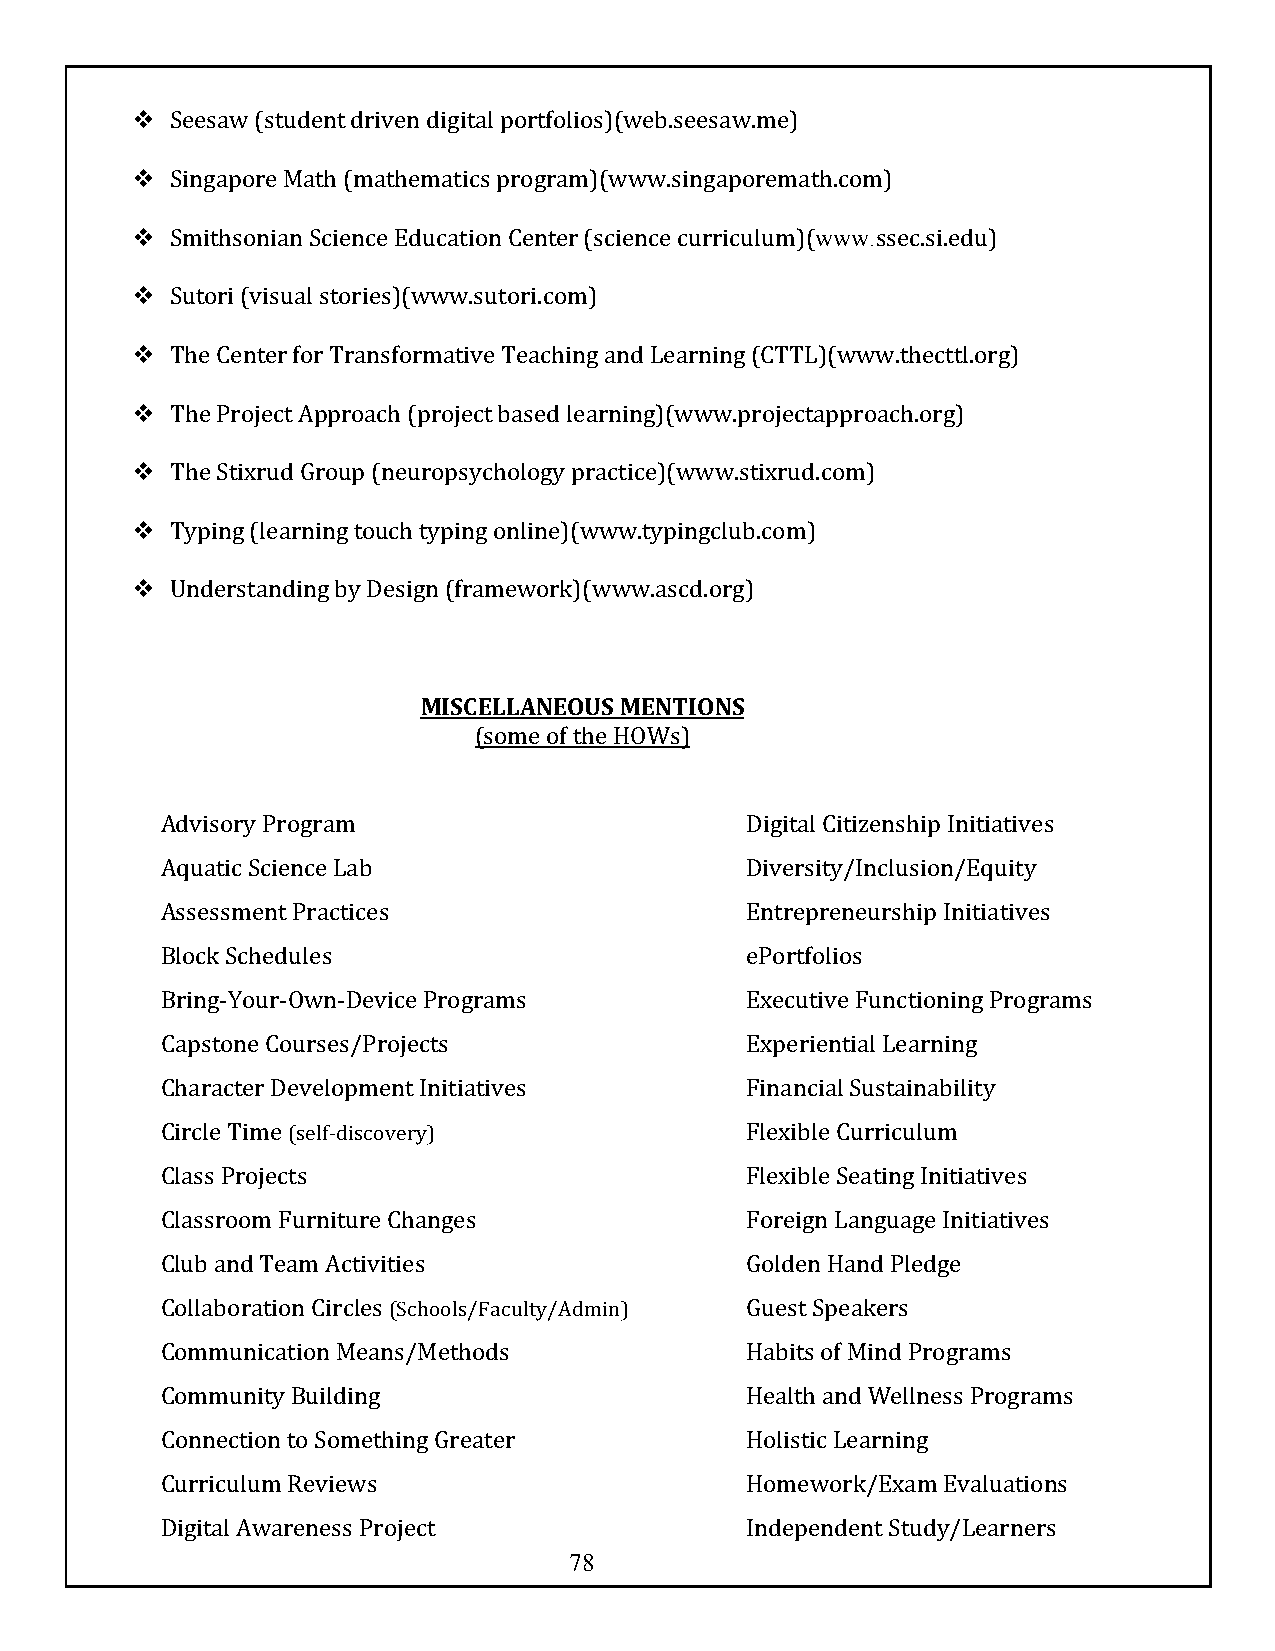
v Seesaw (student driven digital portfolios)(web.seesaw.me)
 v Singapore Math (mathematics program)(www.singaporemath.com)
 v Smithsonian Science Education Center (science curriculum)(www.ssec.si.edu)
 v Sutori (visual stories)(www.sutori.com)
 v The Center for Transformative Teaching and Learning (CTTL)(www.thecttl.org)
 v The Project Approach (project based learning)(www.projectapproach.org)
 v The Stixrud Group (neuropsychology practice)(www.stixrud.com)
 v Typing (learning touch typing online)(www.typingclub.com)
 v Understanding by Design (framework)(www.ascd.org)
 MISCELLANEOUS MENTIONS
 (some of the HOWs)
 Advisory Program                      Digital Citizenship Initiatives
 Aquatic Science Lab                   Diversity/Inclusion/Equity
 Assessment Practices                  Entrepreneurship Initiatives
 Block Schedules                       ePortfolios
 Bring-Your-Own-Device Programs        Executive Functioning Programs
 Capstone Courses/Projects             Experiential Learning
 Character Development Initiatives     Financial Sustainability
 Circle Time (self-discovery)          Flexible Curriculum
 Class Projects                        Flexible Seating Initiatives
 Classroom Furniture Changes           Foreign Language Initiatives
 Club and Team Activities              Golden Hand Pledge
 Collaboration Circles (Schools/Faculty/Admin) Guest Speakers
 Communication Means/Methods           Habits of Mind Programs
 Community Building                    Health and Wellness Programs
 Connection to Something Greater       Holistic Learning
 Curriculum Reviews                    Homework/Exam Evaluations
 Digital Awareness Project             Independent Study/Learners
 78